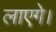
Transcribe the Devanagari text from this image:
लाएगे।